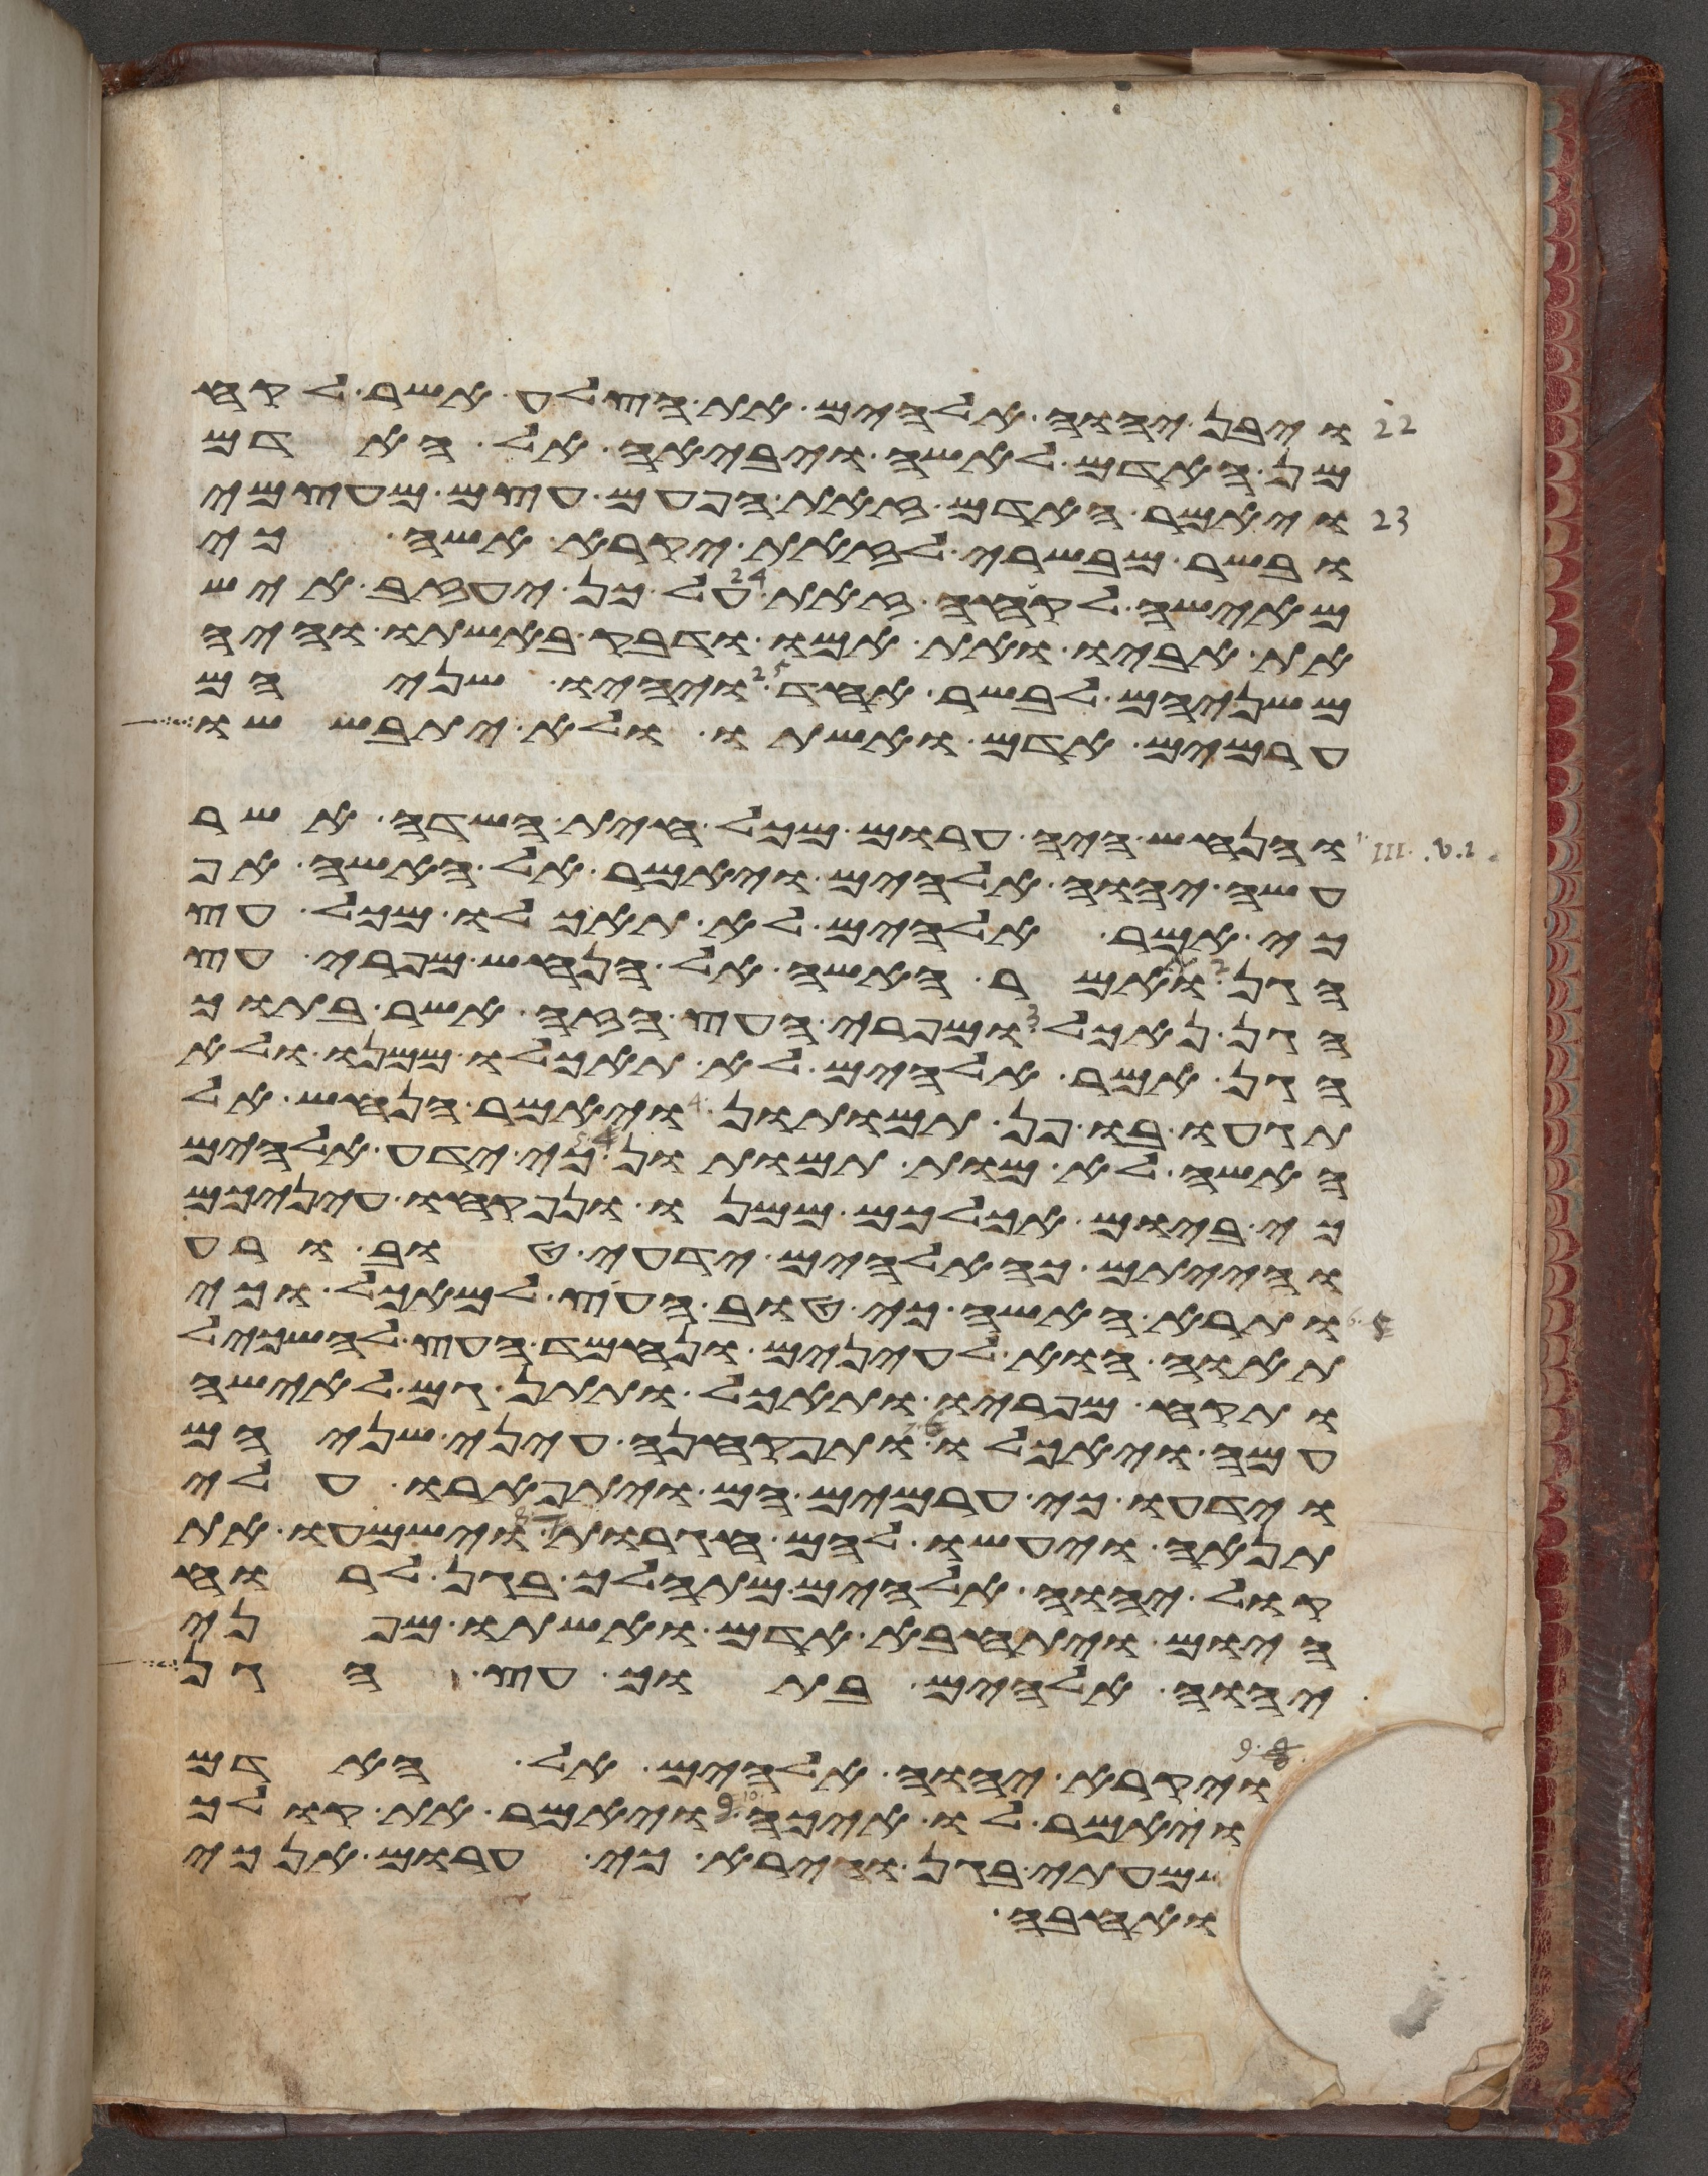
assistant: ויבן יהוה אלהים את הצלע אשר לקח
מן האדם לאשה ויביאה אל האדם
ויאמר האדם זאת הפעם עצם מעצמי
ובשר מבשרי לזאת יקרא אשה כי
מאישה לקחה זאת על כן יעזב איש
את אביו ואת אמו ודבק באשתו והיה
משניהם לבשר אחד ויהיו שניהם
ערמים אדם ואשתו ולא יתבששו
והנחש היה ערום מכל חית השדה אשר
עשה יהוה אלהים ויאמר אל האשה אף
כי אמר אלהים לא תאכלו מכל עץ
הגן ותאמר האשה אל הנחש מפרי עץ
הגן נאכל ומפרי העץ הזה אשר בתוך
הגן אמר אלהים לא תאכלו ממנו ולא
תגעו בו פן תמותון ויאמר הנחש אל
האשה לא מות תמותון כי ידע אלהים
כי ביום אכלכם ממנו ונפקחו עיניכם
והייתם כאלהים ידעי טוב ורע
ותרא האשה כי טוב העץ למאכל וכי
תאוה הוא לעינים ונחמד העץ להשכיל
ותקח מפריו ותאכל ותתן גם לאישה
עמה ויאכלו ותפקחנה עיני שניהם
וידעו כי ערמים הם ויתפארו עלי
תאנה ויעשו להם חגרות וישמעו את
קול יהוה אלהים מתהלך בגן לרוח
היום ויתחבא אדם ואשתו מפני
יהוה אלהים בתוך עץ הגן
ויקרא יהוה אלהים אל האדם
ויאמר לו איכה ויאמר את קולך
שמעתי בגן ואירא כי ערום אנכי
ואחבא